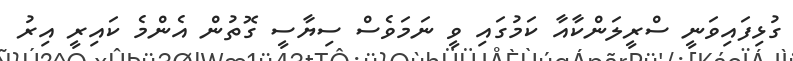
ގުޅިފައިވަނީ ސްރީލަންކާއާ ކަމުގައި ވީ ނަމަވެސް ސިޔާސީ ގޮތުން އެންމެ ކައިރީ އިރު